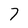
Character: 7